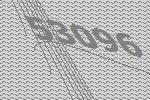
53096